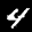
Label: 4